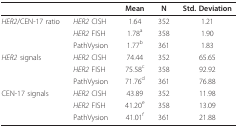
|  |  | Mean | N | Std. Deviation |
 | --- | --- | --- | --- | --- |
 | HER2/CEN-17 ratio | HER2 CISH | 1.64 | 352 | 1.21 |
 |  | HER2 FISH | 1.78a | 358 | 1.90 |
 |  | PathVysion | 1.77b | 361 | 1.83 |
 | HER2 signals | HER2 CISH | 74.44 | 352 | 65.65 |
 |  | HER2 FISH | 75.58c | 358 | 92.92 |
 |  | PathVysion | 71.76d | 361 | 76.88 |
 | CEN-17 signals | HER2 CISH | 43.89 | 352 | 11.98 |
 |  | HER2 FISH | 41.20e | 358 | 13.09 |
 |  | PathVysion | 41.01f | 361 | 21.88 |